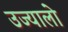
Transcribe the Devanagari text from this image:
उज्यालो